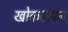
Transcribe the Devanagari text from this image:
खोकलेपन